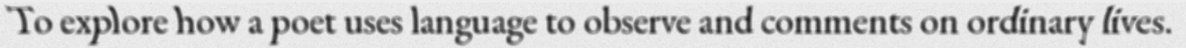
To explore how a poet uses language to observe and comments on ordinary lives.